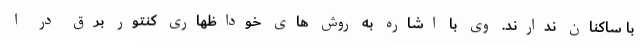
با ساکنان ندارند. وی با اشاره به روش های خوداظهاری کنتور برق در ا